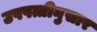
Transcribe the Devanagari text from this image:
उपपत्तीनुसार